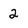
Character: 2